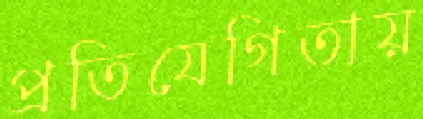
প্রতিযেগিতায়